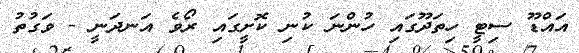
އައްޑޫ ސިޓީ ހިތަދޫގައި ހުންނަ ކުނި ކޮށީގައި ރޯވެ އަނދަނީ - ވަގުތު